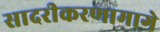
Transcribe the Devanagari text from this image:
सादरीकरणामागे